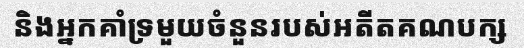
និងអ្នកគាំទ្រមួយចំនួនរបស់អតីតគណបក្ស